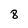
Character: 8